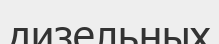
дизельных